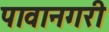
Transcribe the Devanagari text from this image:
पावानगरी